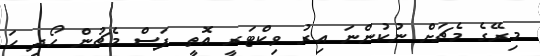
މިރޭގެ މެޗަށް ނުކުންނަ އިރު ވިކްޓަރީ އޮތީ ފަސް މެޗުން ހޯދި ހަ